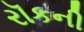
રૉકની